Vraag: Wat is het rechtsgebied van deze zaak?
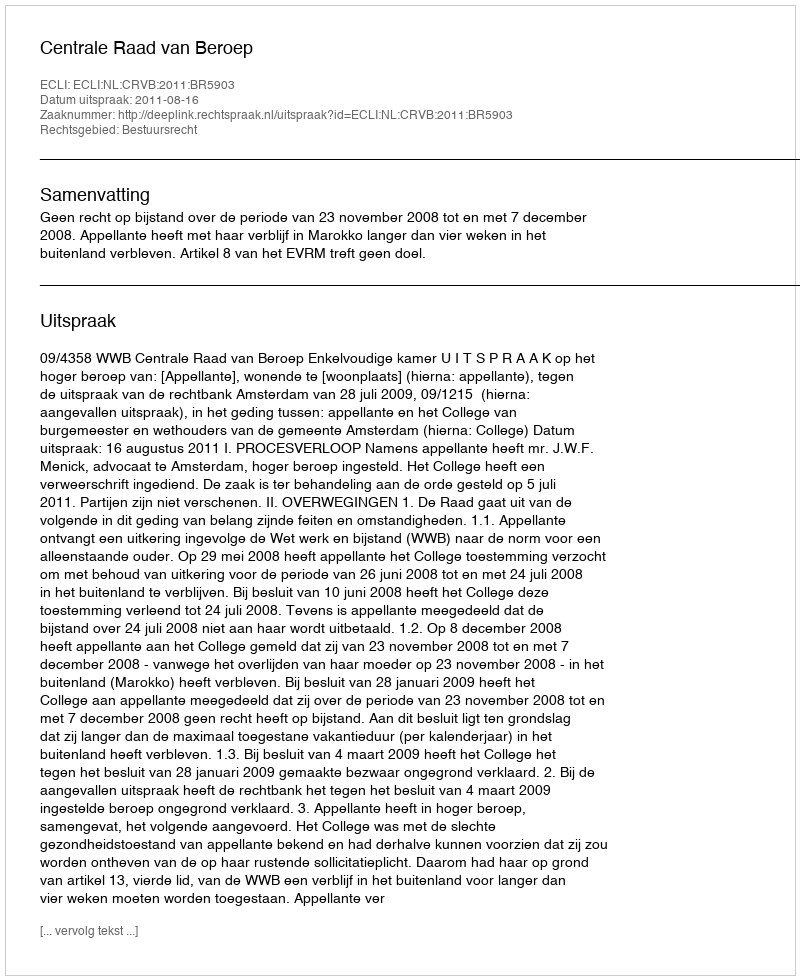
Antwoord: Bestuursrecht